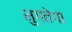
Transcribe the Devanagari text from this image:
भुगतेगा